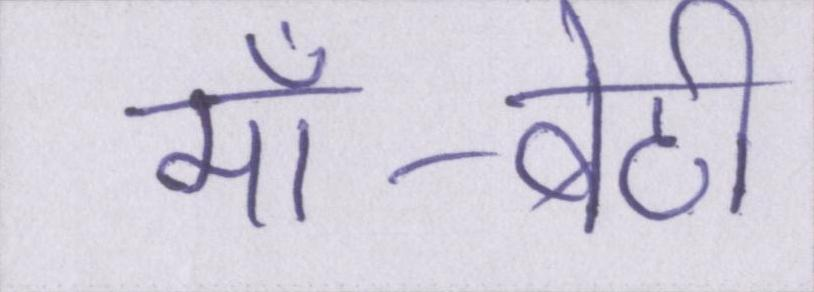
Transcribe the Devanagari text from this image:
माँ-बेटी